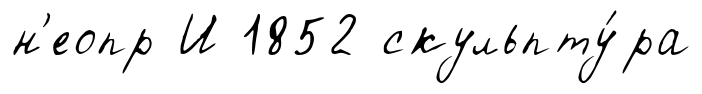
н'еопр И 1852 скульпту́ра